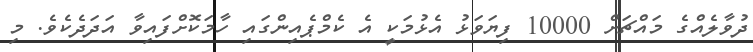
ދުވާލެއްގެ މައްޗަށް 10000 ފިޔަވަޅު އެޅުމަކީ އެ ކެމްޕެއިންގައި ހާމަކޮށްފައިވާ އަދަދެކެވެ. މި